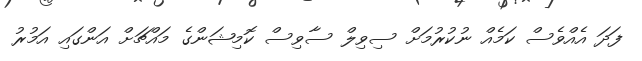
ފަދަ އެއްވެސް ކަމެއް ނުކުރުމަށް ސިވިލް ސާވިސް ކޮމިޝަންގެ މައްޗަށް އަންގައި އަމުރު